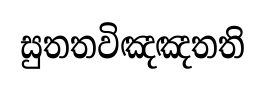
සුතතවිඤඤතති